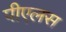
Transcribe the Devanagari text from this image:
पीएलस